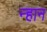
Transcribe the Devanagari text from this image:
न्हान